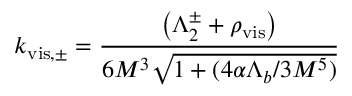
k _ { \mathrm { v i s , \pm } } = { \frac { \left( \Lambda _ { 2 } ^ { \pm } + \rho _ { \mathrm { v i s } } \right) } { 6 M ^ { 3 } \sqrt { 1 + ( { 4 \alpha \Lambda _ { b } } / { 3 M ^ { 5 } } ) } } }